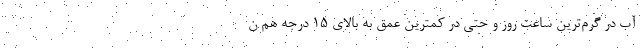
آب در گرم‌ترین ساعت روز و حتی در کمترین عمق به بالای ۱۵ درجه هم ن